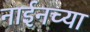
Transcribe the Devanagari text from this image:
नाईनच्या